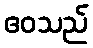
ဧဝသည်